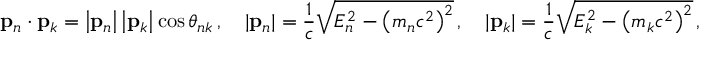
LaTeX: \mathbf { p } _ { n } \cdot \mathbf { p } _ { k } = \left| \mathbf { p } _ { n } \right| \left| \mathbf { p } _ { k } \right| \cos \theta _ { n k } \, , \quad | \mathbf { p } _ { n } | = { \frac { 1 } { c } } { \sqrt { E _ { n } ^ { 2 } - \left( m _ { n } c ^ { 2 } \right) ^ { 2 } } } \, , \quad | \mathbf { p } _ { k } | = { \frac { 1 } { c } } { \sqrt { E _ { k } ^ { 2 } - \left( m _ { k } c ^ { 2 } \right) ^ { 2 } } } \, ,